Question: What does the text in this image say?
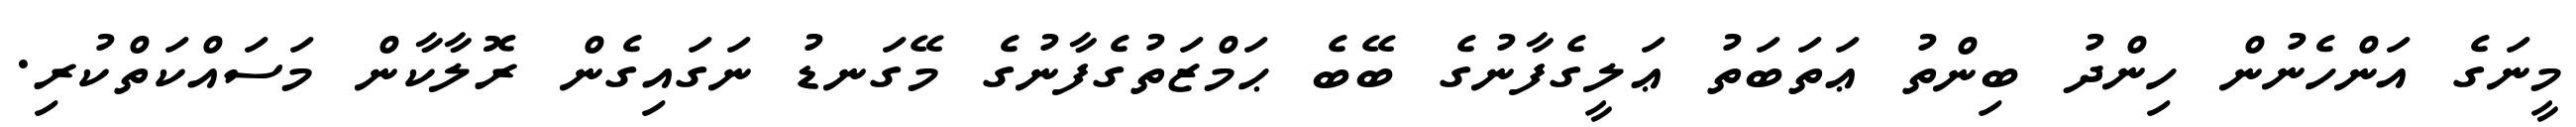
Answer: މީނަގެ އަންހެނުން ހިންދު ބިންތު ޢަތަބަތު ޢަލީގެފާނުގެ ބޭބެ ޙަމްޒަތުގެފާނުގެ މޭގަނޑު ނަގައިގެން ރޮލާކާން މަސައްކަތްކުރި.